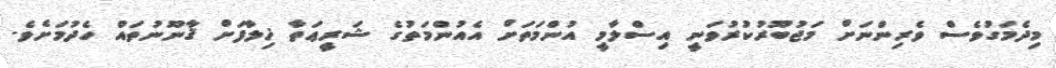
މިދެމަގުވެސް ވެރިންނަށް މަޖުބޫރުކުރުވަނީ އިސްލާމީ އުންމަތަށް އެއުންމަތުގެ ޝަރީޢަތާ ޚިލާފަށް ޤާނޫނުތައް ހެދުމަށެވެ.